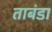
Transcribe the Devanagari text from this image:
ताबंडा